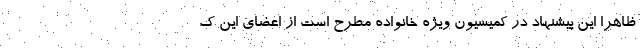
ظاهرا این پیشنهاد در کمیسیون ویژه خانواده مطرح است از اعضای این ک